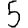
Digit: 5